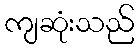
ကျဆုံးသည်